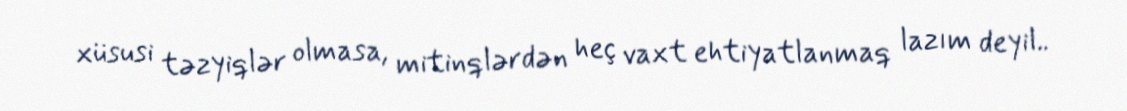
xüsusi təzyiqlər olmasa, mitinqlərdən heç vaxt ehtiyatlanmaq lazım deyil..